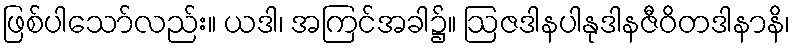
ဖြစ်ပါသော်လည်း။ ယဒါ၊ အကြင်အခါ၌။ ဩဇဒါနပါနုဒါနဇီဝိတဒါနာနိ၊